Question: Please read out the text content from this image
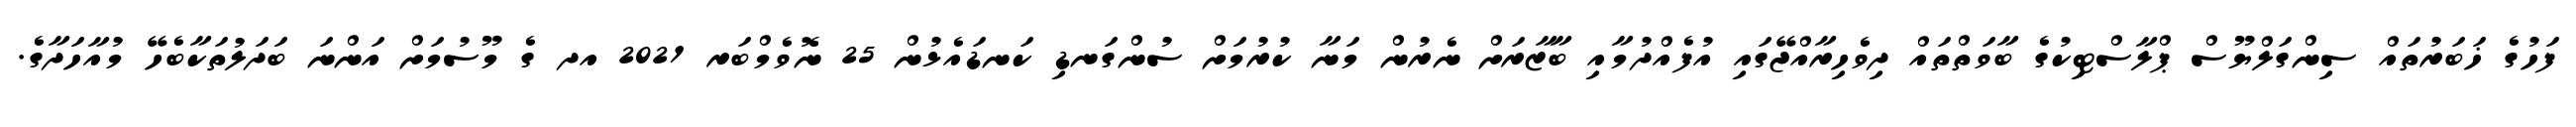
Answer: ފަހުގެ ޚަބަރުތައް ސިންގަލްޔޫސް ޕްލާސްޓިކުގެ ބާވަތްތައް ދިވެހިރާއްޖޭގައި އުފެއްދުމާއި ބާޒާރަށް ނެރުން މަނާ ކުރުމަށް ސުންގަނޑި ކަނޑައެޅުން 25 ނޮވެމްބަރ 2021 އދ ގެ މޫސުމަށް އަންނަ ބަދަލުތަކާބެހޭ މުއާހަދާގެ.